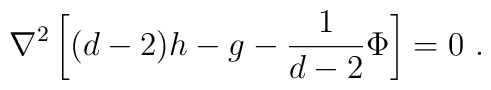
\nabla^2 \left[ (d-2) h - g - \frac{1}{d-2} \Phi \right] = 0 \ .